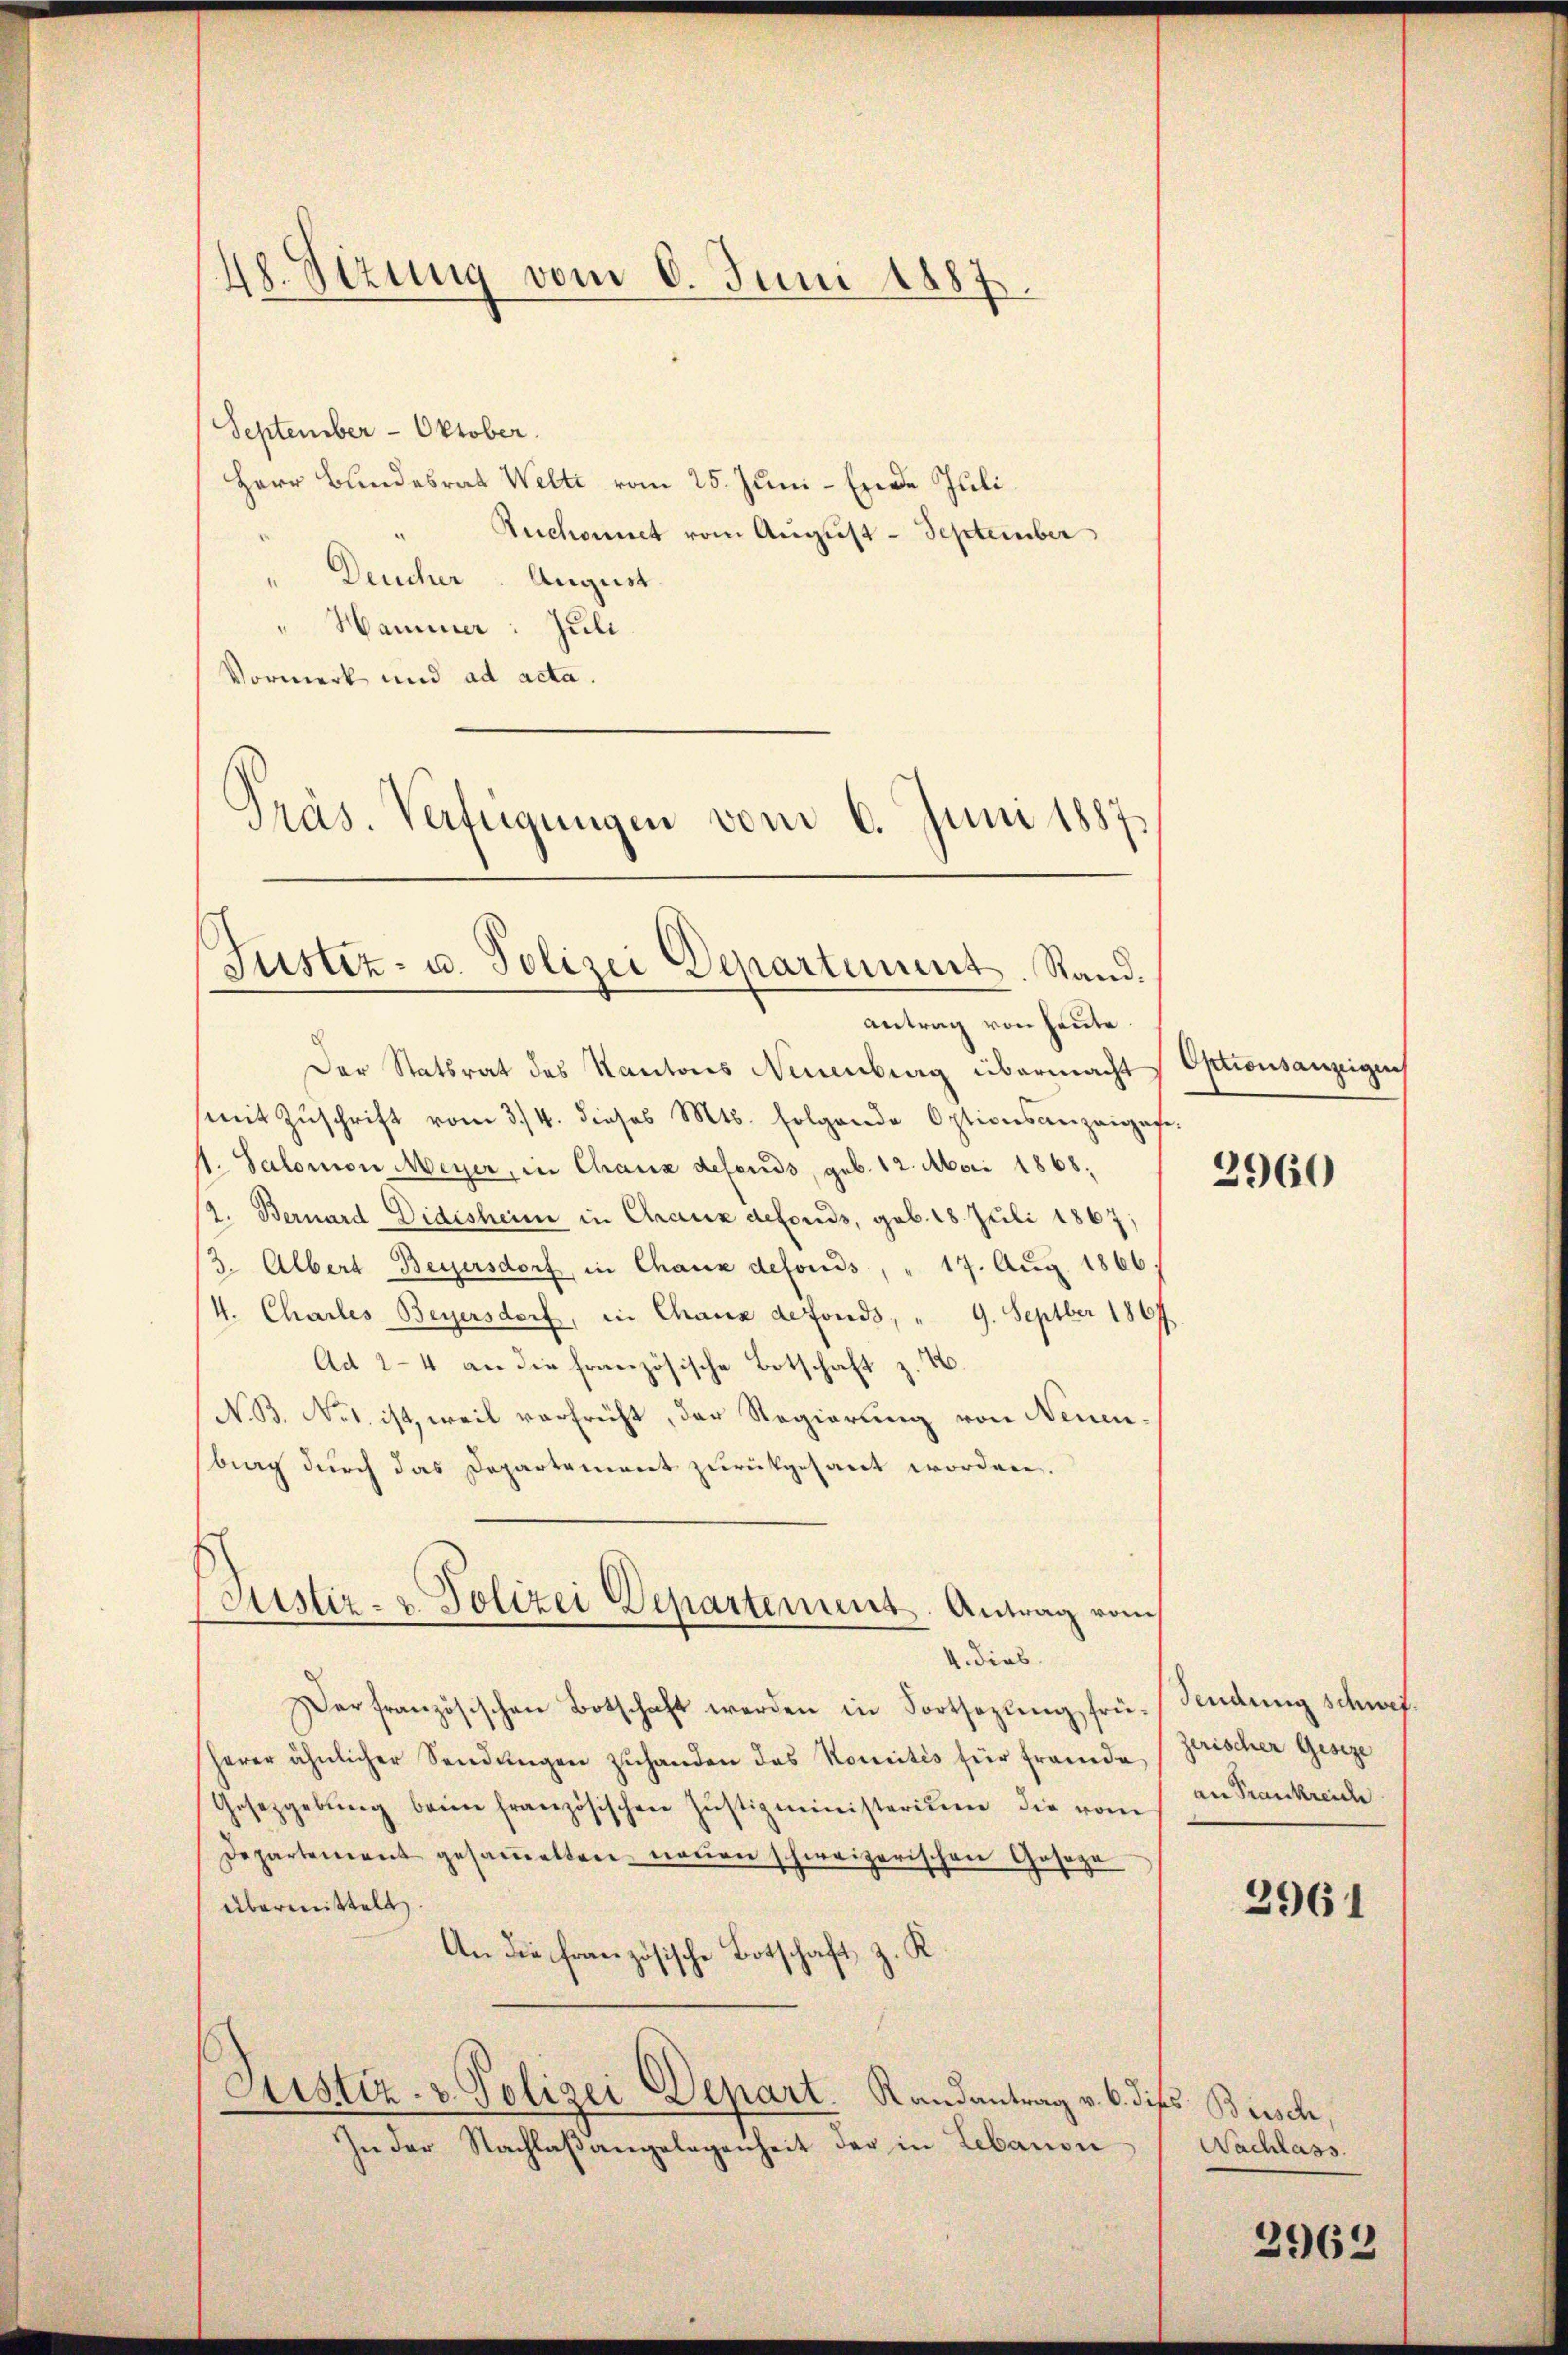
48. Sizung vom 6. Juni 1887.

September - Oktober.
Herr Bundesrat Welti vom 25. Juni - Ende Juli.
Ruchornet vom August - September
Deucher August.
" Hammer: Juli.
Vormerk und ad acta.

Präs. Verfügungen vom 6. Juni 1887
Justiz- u. Polizei Departement. Stand.

Justiz- u. Polizei Departement. Antrag vom

Der Statsrat des Kantons Neuenburg übermacht Optionsanzeigen
mit Zŭschrift vom 3./4. dieses Mts. folgende Optionsangangege-
1. Salomon Meyer, in Chaus defends, geb. 12. Mai 1868.
2. Bernard-Didesheim in Chaux defonds, geb. 18. Juli 1867;
(3. Albert Beyersdorf in Chaux defonds, " 17. Aug. 1866.
4. Chartes Beyersdorf, in Chaux defonds, " 9. Septber 1864
Ad 24 an die französische Botschaft z. B.
N. B. No 1. ist, weil verfrüht, der Regierung von Neuenbrag durch das Departement zurückgesant worden.
4. dies
Derfranzösischen Botschaft werden in Fortsezling frü- Sendung schwef.
herer ähnlicher Sendungen zuhanden das Komités für Freude (gerischer Geseze
Gesetzgebung beim französischen Justizministerium die vom
Departement gesammelten neuen schweizerischen Gesage
übermittelt
An die französische Botschaft z. K.
Justiz- & Polizei Depart. Randantrag v. 6. dies Bisch,
In der Nachlaßangelegenheit der in Lebanon

antrag von heute.

2960

an Trankreiche

Nachlass

3961

3962